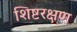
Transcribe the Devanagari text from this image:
शिष्टरक्षण